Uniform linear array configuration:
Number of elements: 32
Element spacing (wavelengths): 0.75
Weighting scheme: binomial
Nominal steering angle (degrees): -30
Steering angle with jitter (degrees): -28.525
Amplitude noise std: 0.05
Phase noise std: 0.05

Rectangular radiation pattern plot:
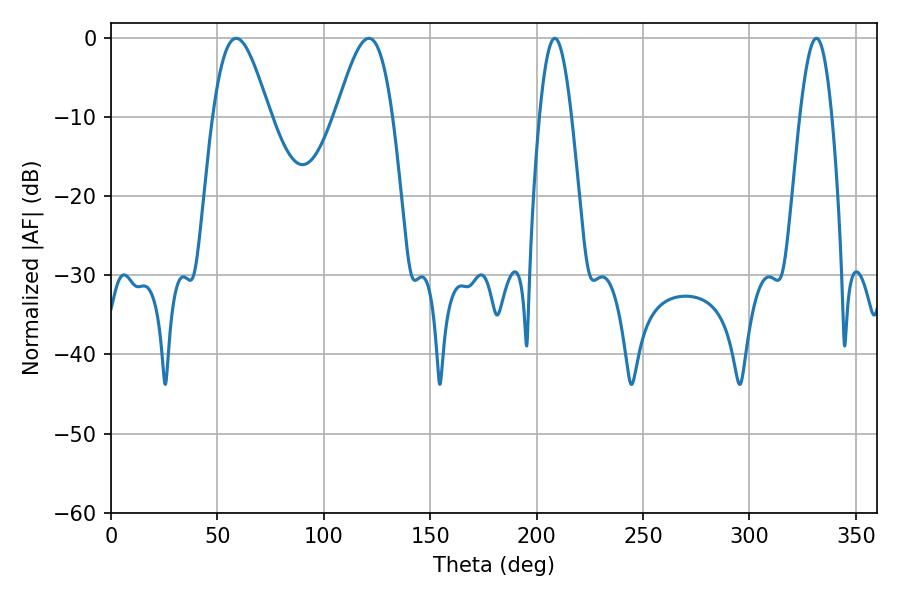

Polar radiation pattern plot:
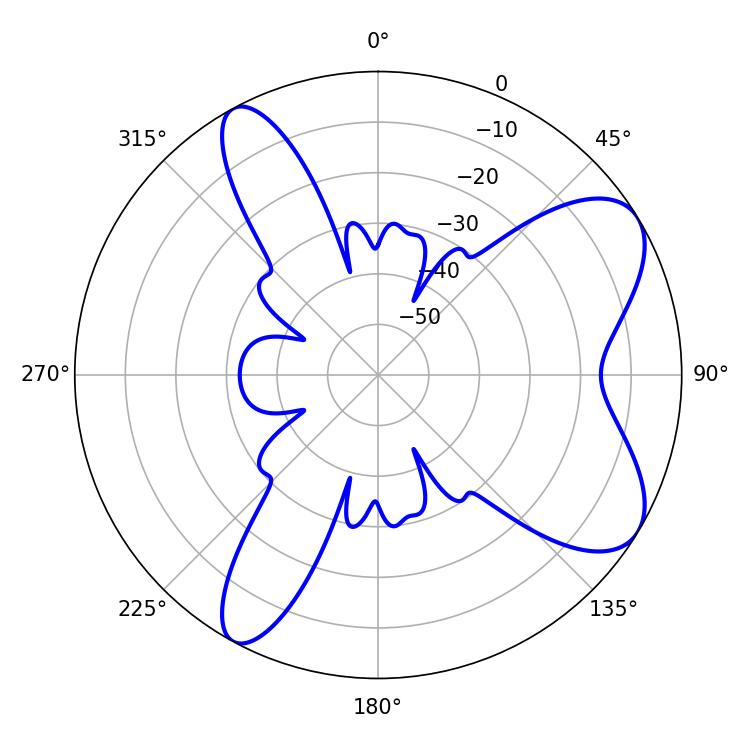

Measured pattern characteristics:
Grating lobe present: TRUE
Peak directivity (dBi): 7.728
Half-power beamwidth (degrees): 14.22
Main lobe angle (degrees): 58.86